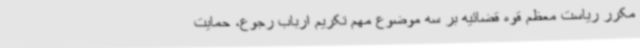
مکرر ریاست معظم قوه قضائیه بر سه موضوع مهم تکریم ارباب رجوع، حمایت